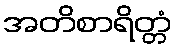
အတိစာရိတ္တံ